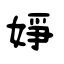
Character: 婙